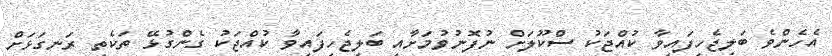
އެހެންވެ ބަލިޖެހިފައިވާ ކުއްޖަކު ސްކޫލަށް ނުފޮނުވުމަށާއި ބަލިޖެހިފައިވާ ކުއްޖަކު ގެންގުޅޭ ތަކެތި ރަނގަޅަށް